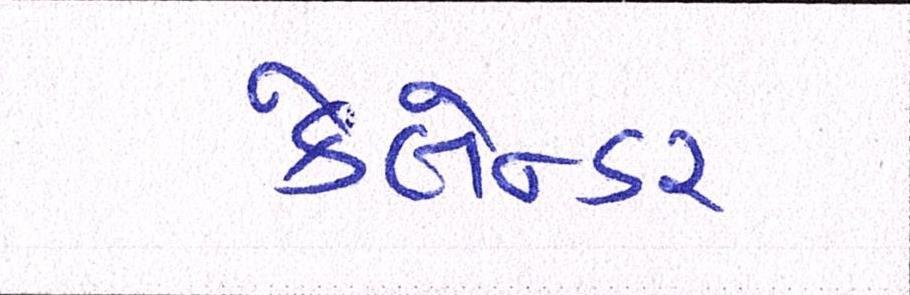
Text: કેલેન્ડર